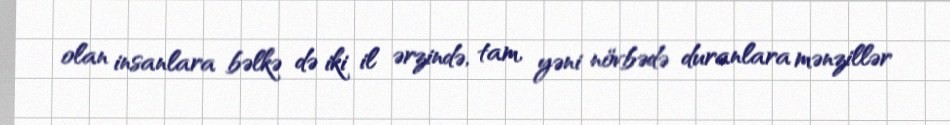
olan insanlara bəlkə də iki il ərzində, tam, yəni növbədə duranlara mənzillər